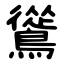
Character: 䳷